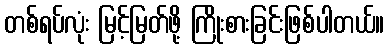
တစ်ရပ်လုံး မြင့်မြတ်ဖို့ ကြိုးစားခြင်းဖြစ်ပါတယ်။